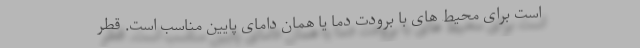
است برای محیط های با برودت دما یا همان دامای پایین مناسب است. قطر